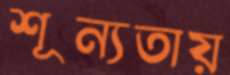
শূন্যতায়